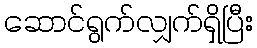
ဆောင်ရွက်လျှက်ရှိပြီး